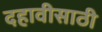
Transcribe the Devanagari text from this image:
दहावीसाठी